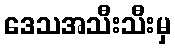
ဒေသအသီးသီးမှ